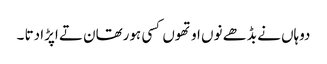
دوہاں نے بڈھے نوں اوتھوں کسی ہورتھان تے اپڑا دتا ۔